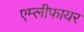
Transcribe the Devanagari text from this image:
एम्लीफायर